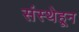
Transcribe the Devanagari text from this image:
संस्थेहून